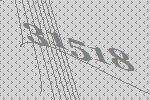
31518